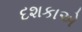
દશકાએ